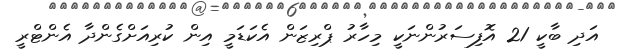
އަދި ބާކީ 21 އޮފިސަރުންނަކީ މިހާރު ޕްރިޒަން އެކަޑަމީ އިން ކުރިއަށްގެންދާ އެންޓްރީ